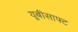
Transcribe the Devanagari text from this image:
यूबीसाफ्ट